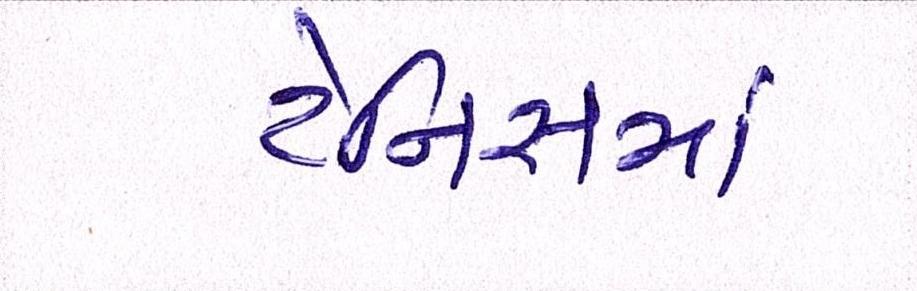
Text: ટેનિસમાં